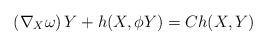
LaTeX: \begin{align*} \left({\nabla}_{X} \omega\right)Y+h(X,\phi Y)=Ch(X,Y)\end{align*}